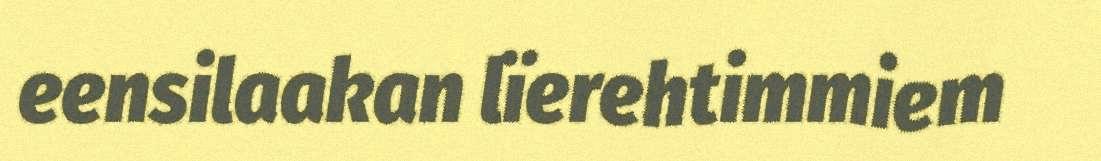
eensilaakan lïerehtimmiem